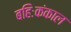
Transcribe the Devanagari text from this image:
बहिःकंकाल